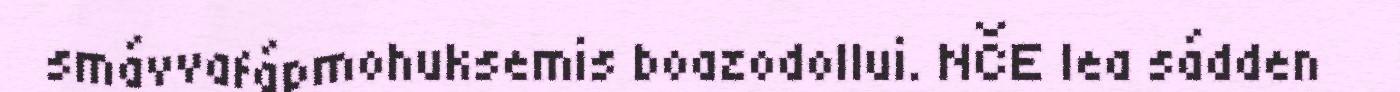
smávvafápmohuksemis boazodollui. NČE lea sádden